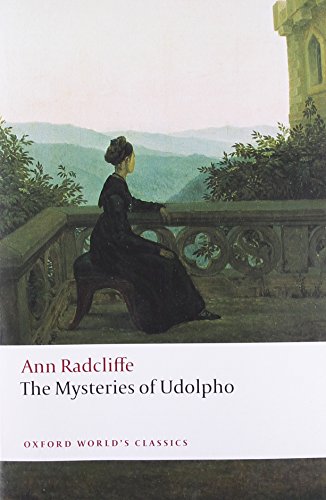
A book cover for The Mysteries of Udolpho (Oxford World's Classics); Ann Radcliffe; Literature & Fiction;